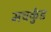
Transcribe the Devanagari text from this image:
मचकुंड